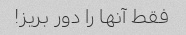
فقط آنها را دور بریز!